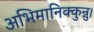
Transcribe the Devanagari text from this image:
अभिमानिक्कुन्नु।